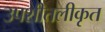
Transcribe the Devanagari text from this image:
उपशीतलीकृत